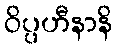
ဝိပ္ပဟီနာနိ